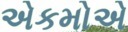
એકમોએ